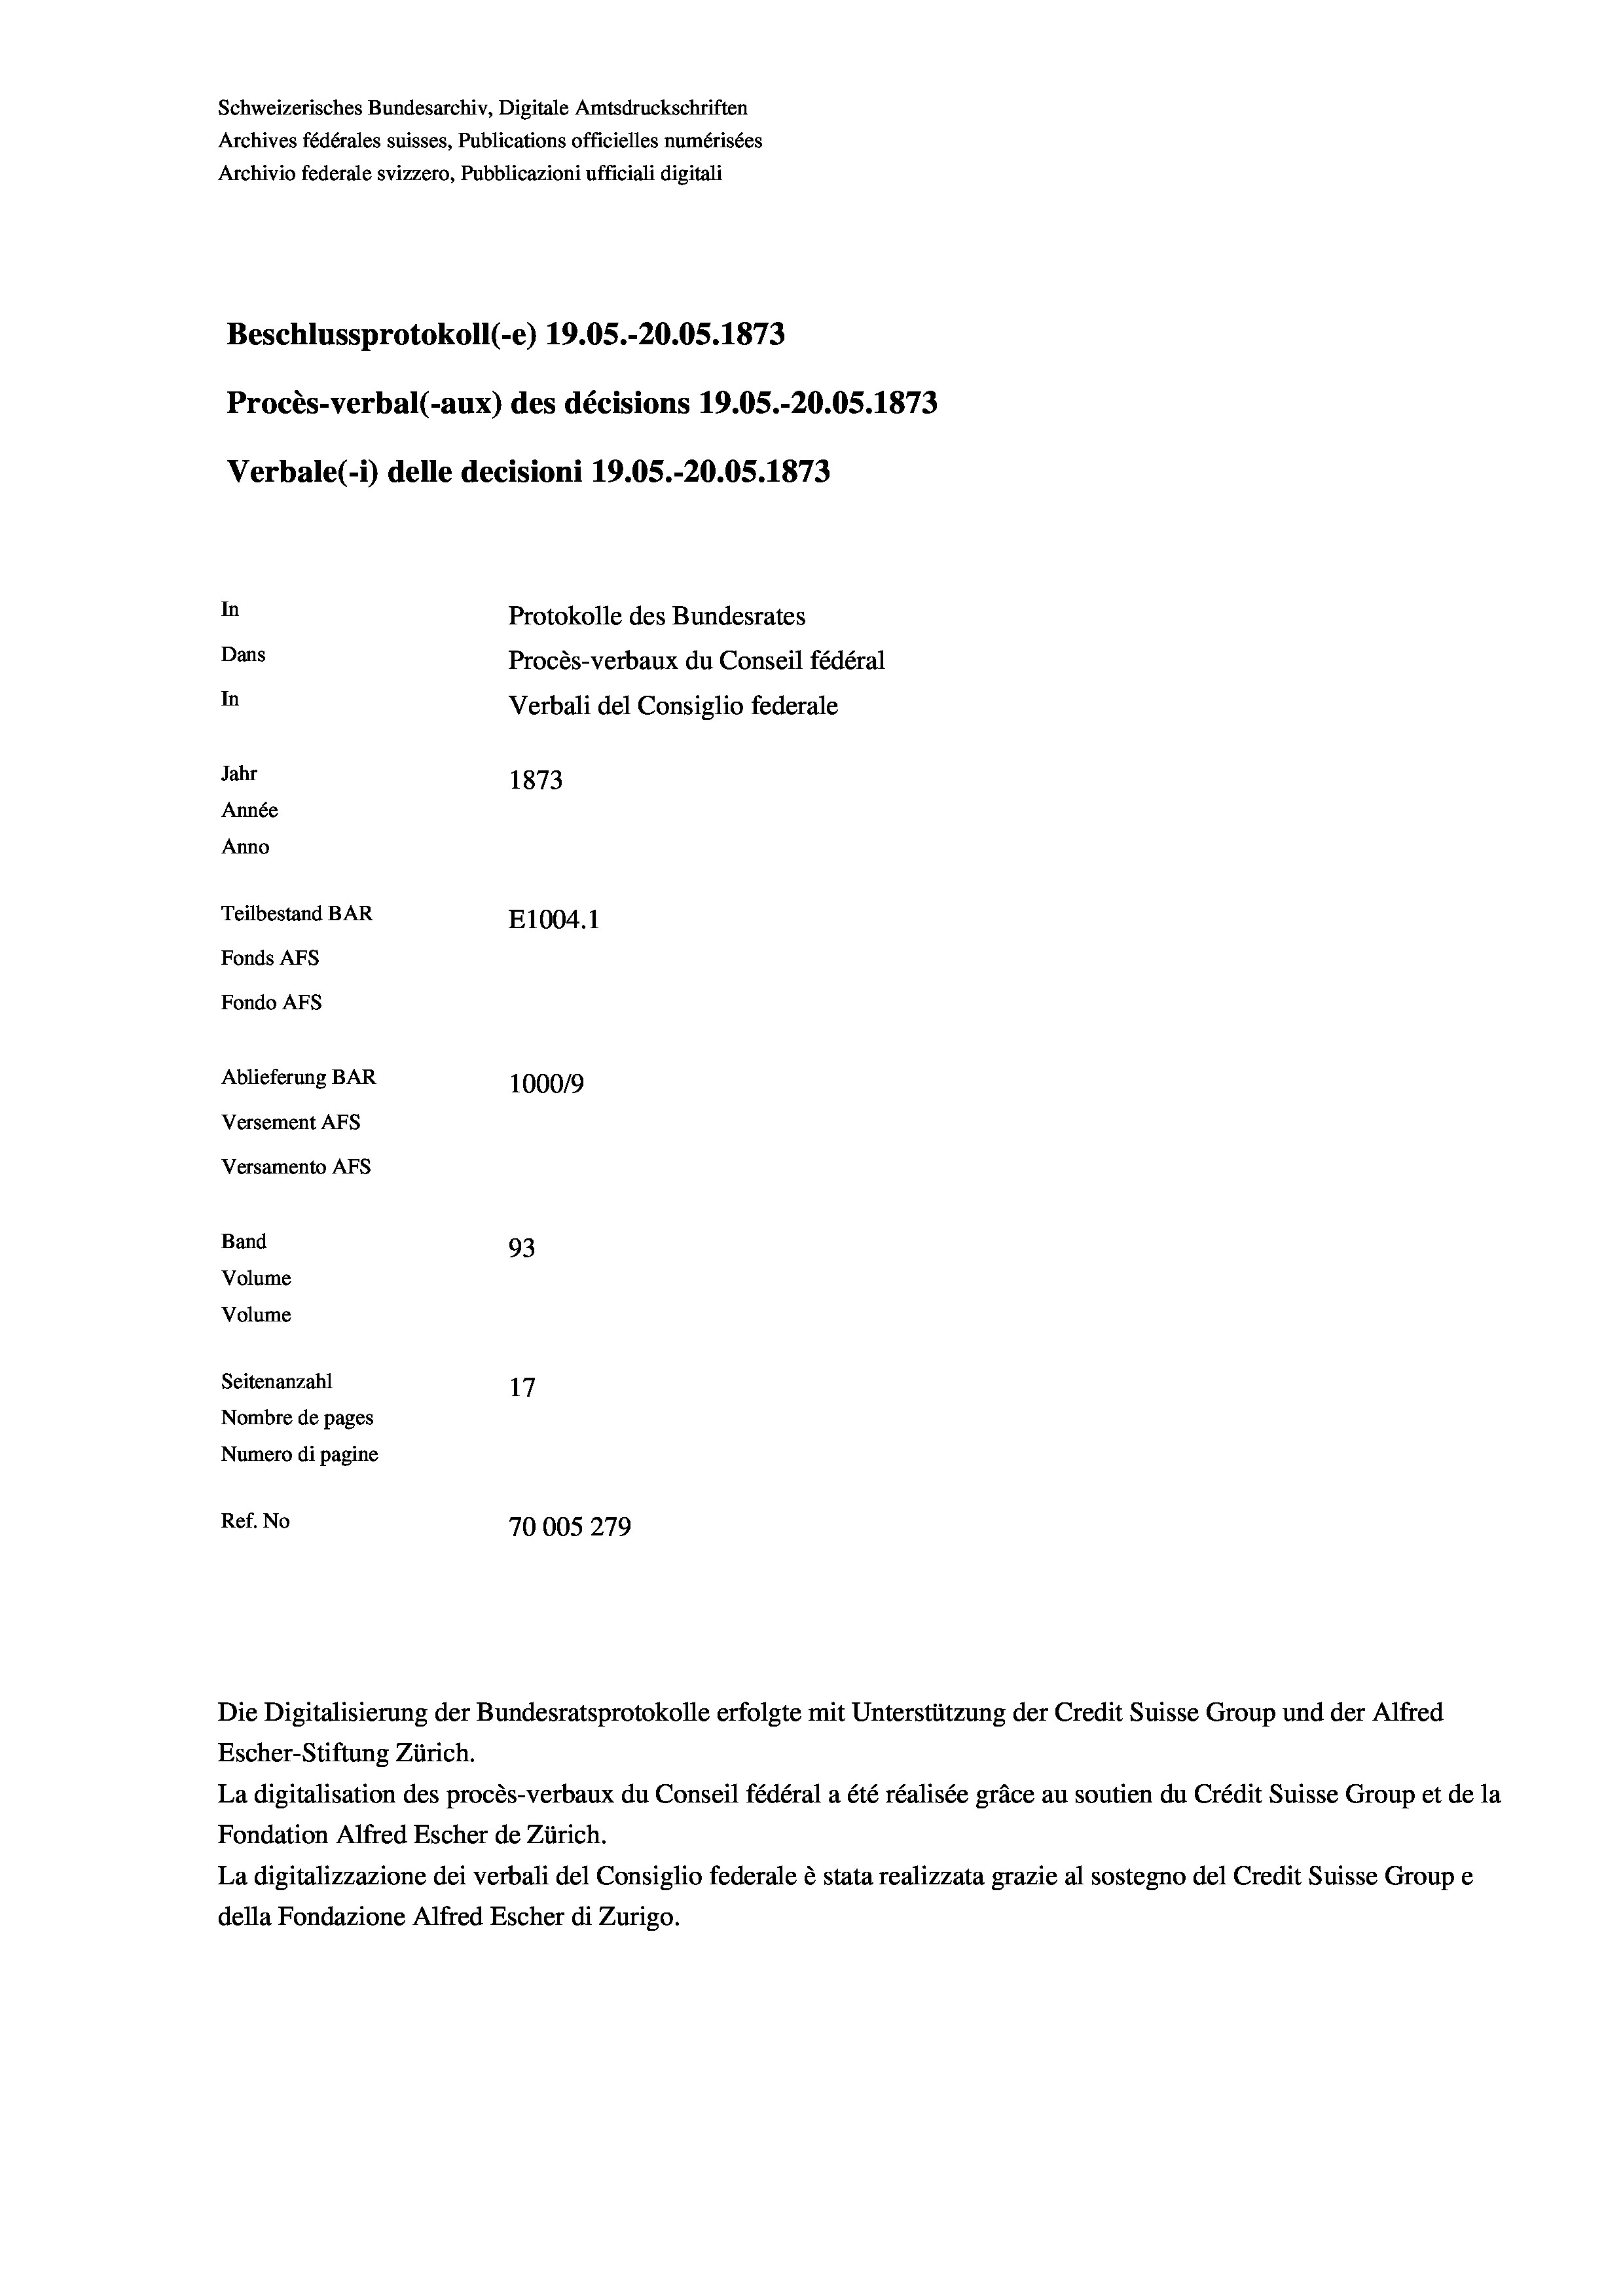
Schweizerisches Bundesarchiv, Digitale Amtsdruckschriften
Archives fédérales suisses, Publications officielles numérisées
Archivio federale svizzero, Pubblicazioni ufficiali digitali
Beschlussprotokoll (-e) 19.05.-20.05. 1873
Procès-verbal (-aux) des décisions 19.05.-20.05. 1873
Verbale(1) delle decisioni 19.05.-20.05. 1873
In
Protokolle des Bundesrates
Dans
Procès-verbaux du Conseil fédéral
In
Verbali del Consiglio federale
Jahr
1873
Année
Anno
Teilbestand BAR
E1004.1
Fonds AFs
Fondo Afs
Ablieferung BAR
100019
Versement AFs
Versamento Afs
Band
93
Volume
Volume
Seitenanzahl
17
Nombre de pages
Numero di pagine
Ref. No
70005 279

Escher-Stiftung Zürich.
La digitalisation des procès-verbaux du Conseil fédéral a été réalisée gräce au soutien du Crédit Suisse Group et de la
Fondation Alfred Escher de Zürich.
La digitalizzazione dei verbali del Consiglio federale è stata realizzata grazie al sostegno del Credit Suisse Groupe
della Fondazione Alfred Escher di Zurigo.

Die Digitalisierung der Bundesratsprotokolle erfolgte mit Unterstützung der Credit Suisse Group und der Alfred